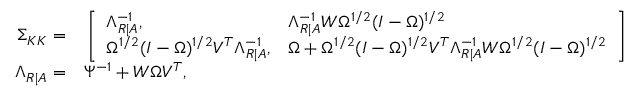
\begin{array} { r l } { \Sigma _ { K K } = } & { { } \left[ \begin{array} { l l } { \Lambda _ { R | A } ^ { - 1 } , } & { \Lambda _ { R | A } ^ { - 1 } W \Omega ^ { 1 / 2 } ( I - \Omega ) ^ { 1 / 2 } } \\ { \Omega ^ { 1 / 2 } ( I - \Omega ) ^ { 1 / 2 } V ^ { T } \Lambda _ { R | A } ^ { - 1 } , } & { \Omega + \Omega ^ { 1 / 2 } ( I - \Omega ) ^ { 1 / 2 } V ^ { T } \Lambda _ { R | A } ^ { - 1 } W \Omega ^ { 1 / 2 } ( I - \Omega ) ^ { 1 / 2 } } \end{array} \right] , } \\ { \Lambda _ { R | A } = } & { { } \Psi ^ { - 1 } + W \Omega V ^ { T } , } \end{array}